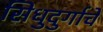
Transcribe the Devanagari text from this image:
सिधुदुर्गाचे